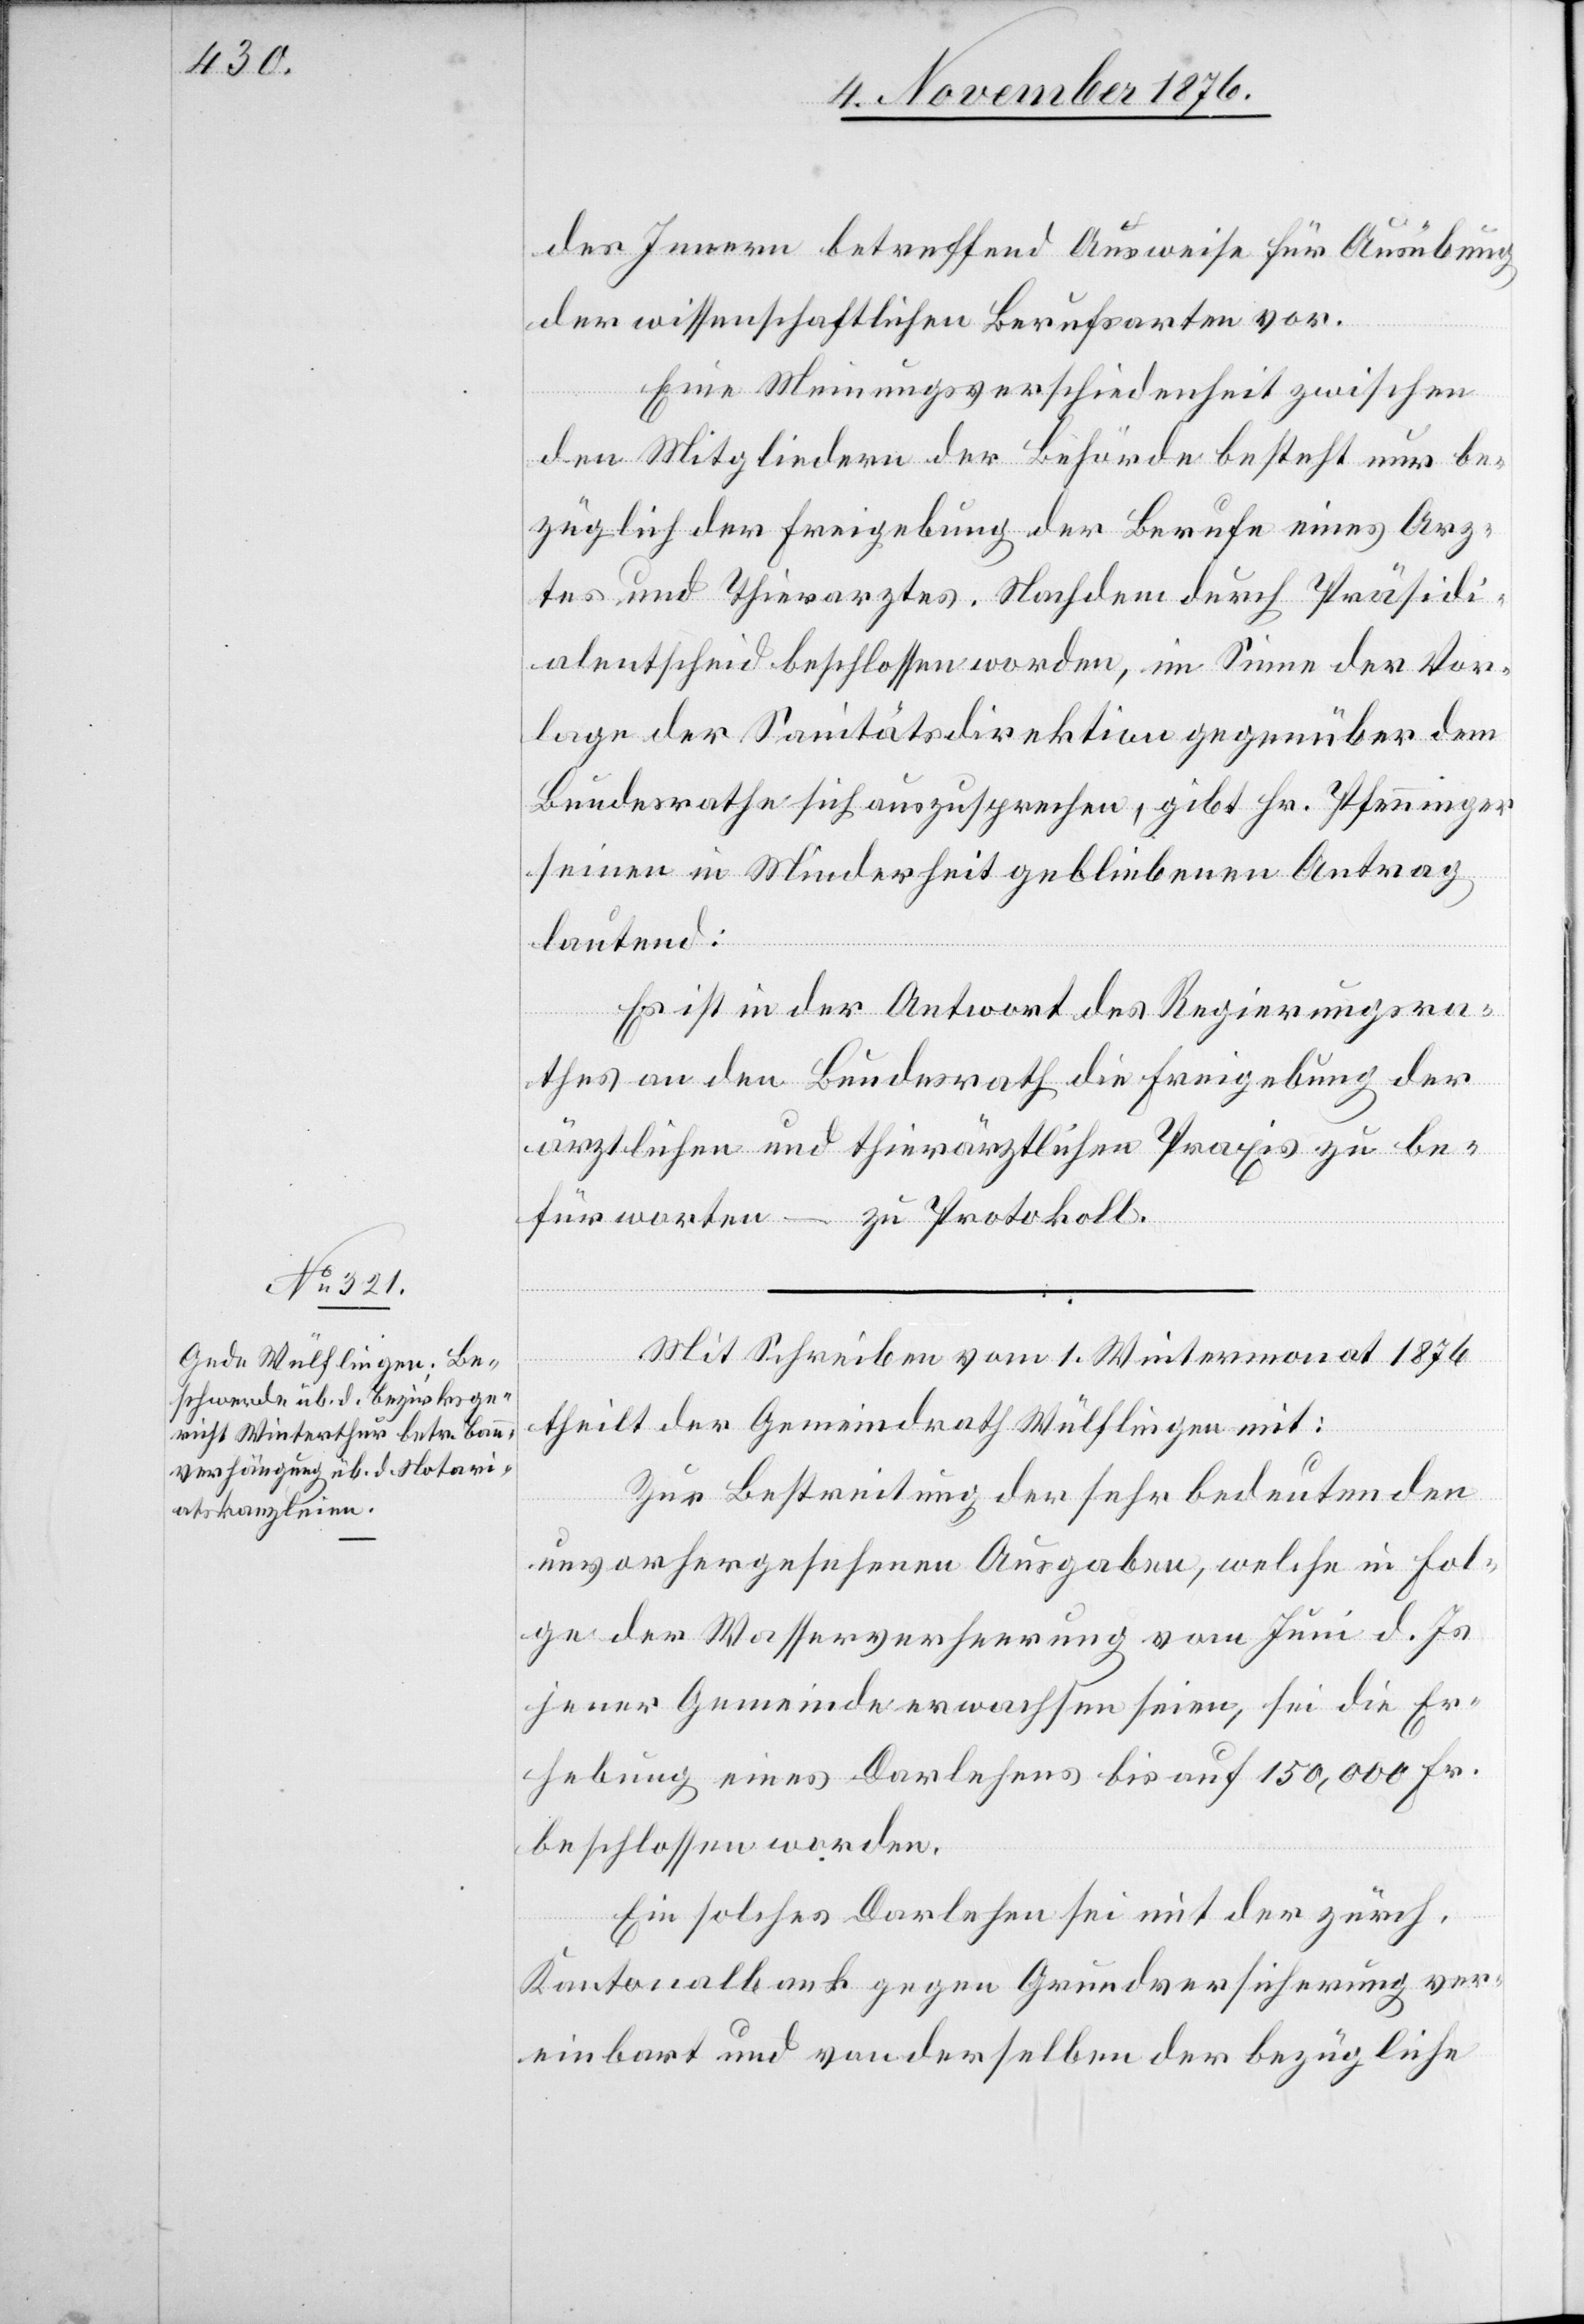
des Innern betreffend Ausweise für Ausübung
der wissenschaftlichen Berufsarten vor.
Eine Meinungsverschiedenheit zwischen
den Mitgliedern der Behörde besteht nur be¬
züglich der Freigebung der Berufe eines Arz¬
tes und Thierarztes. Nachdem durch Präsidi¬
alentscheid beschlossen worden, im Sinne der Vor¬
lage der Sanitätsdirektion gegenüber dem
Bundesrathe sich auszusprechen, gibt Hr. Pfenninger
seinen in Minderheit gebliebenen Antrag
lautend:
Es ist in der Antwort des Regierungsra¬
thes an den Bundesrath die Freigebung der
ärztlichen und thierärztlichen Praxis zu be¬
fürworten – zu Protokoll.
Mit Schreiben vom 1. Wintermonat 1876
theilt der Gemeindrath Wülflingen mit:
Zur Bestreitung der sehr bedeutenden
unvorhergesehenen Ausgaben, welche in Fol¬
ge der Wasserverheerung vom Juni d. Js.
jener Gemeinde erwachsen seien, sei die Er¬
hebung eines Darlehens bis auf 150,000 Fr.
beschlossen worden.
Ein solches Darlehen sei mit der zürch.
Kantonalbank gegen Grundversicherung ver¬
einbart und von derselben der bezügliche